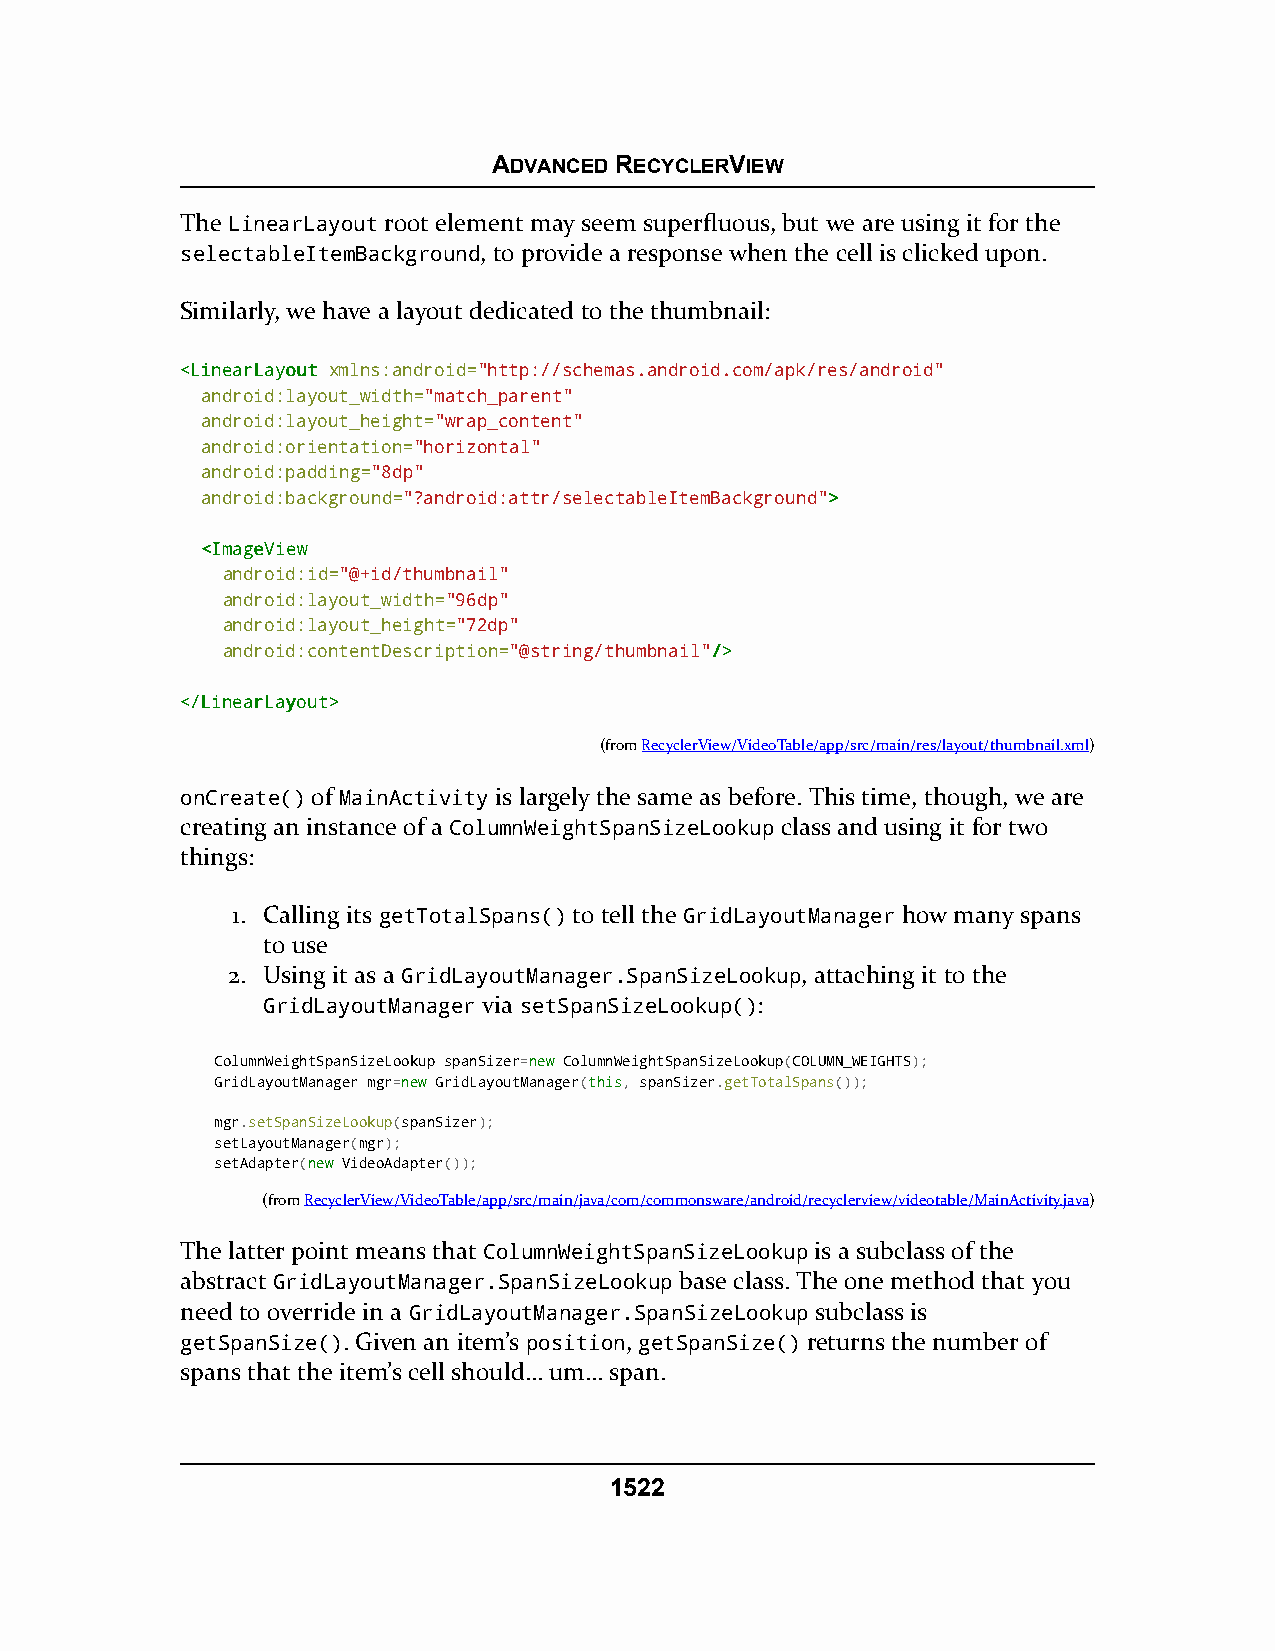
ADVANCED RECYCLERVIEW
 The LinearLayout root element may seem superfluous, but we are using it for the
 selectableItemBackground, to provide a response when the cell is clicked upon.
 Similarly, we have a layout dedicated to the thumbnail:
 <<LLiinneeaarrLLaayyoouutt xmlns:android="http://schemas.android.com/apk/res/android"
 android:layout_width="match_parent"
 android:layout_height="wrap_content"
 android:orientation="horizontal"
 android:padding="8dp"
 android:background="?android:attr/selectableItemBackground">>
 <<IImmaaggeeVViieeww
 android:id="@+id/thumbnail"
 android:layout_width="96dp"
 android:layout_height="72dp"
 android:contentDescription="@string/thumbnail"//>>
 <<//LLiinneeaarrLLaayyoouutt>>
 (fromRecyclerView/VideoTable/app/src/main/res/layout/thumbnail.xml)
 onCreate() of MainActivity is largely the same as before. This time, though, we are
 creating an instance of a ColumnWeightSpanSizeLookup class and using it for two
 things:
 1. Calling its getTotalSpans() to tell the GridLayoutManager how many spans
 to use
 2. Using it as a GridLayoutManager.SpanSizeLookup, attaching it to the
 GridLayoutManager via setSpanSizeLookup():
 ColumnWeightSpanSizeLookup spanSizer=nneeww ColumnWeightSpanSizeLookup(COLUMN_WEIGHTS);
 GridLayoutManager mgr=nneeww GridLayoutManager(tthhiiss, spanSizer.getTotalSpans());
 mgr.setSpanSizeLookup(spanSizer);
 setLayoutManager(mgr);
 setAdapter(nneeww VideoAdapter());
 (fromRecyclerView/VideoTable/app/src/main/java/com/commonsware/android/recyclerview/videotable/MainActivity.java)
 The latter point means that ColumnWeightSpanSizeLookup is a subclass of the
 abstract GridLayoutManager.SpanSizeLookup base class. The one method that you
 need to override in a GridLayoutManager.SpanSizeLookup subclass is
 getSpanSize(). Given an item’s position, getSpanSize() returns the number of
 spans that the item’s cell should… um… span.
 1522